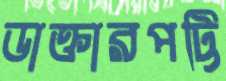
ডাক্তারপট্টি